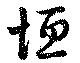
垣